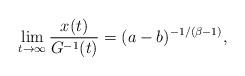
LaTeX: \begin{align*} \lim_{t\to\infty} \frac{x(t)}{G^{-1}(t)}=(a-b)^{-1/(\beta-1)},\end{align*}